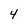
Character: 4